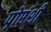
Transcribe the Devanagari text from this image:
प़ोएंशी